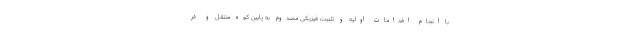
با انجام اقدامات اولیه و تثبیت فیزیکی مصدوم به پایین کوه منتقل و در